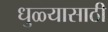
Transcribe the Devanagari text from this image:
धुळ्यासाठी